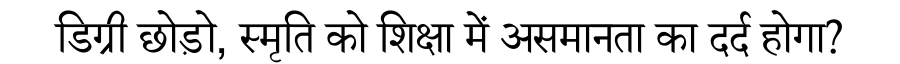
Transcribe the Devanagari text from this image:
डिग्री छोड़ो, स्मृति को शिक्षा में असमानता का दर्द होगा?